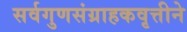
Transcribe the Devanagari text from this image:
सर्वगुणसंग्राहकवृत्तीने